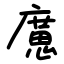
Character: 㢜